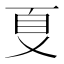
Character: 𠀼